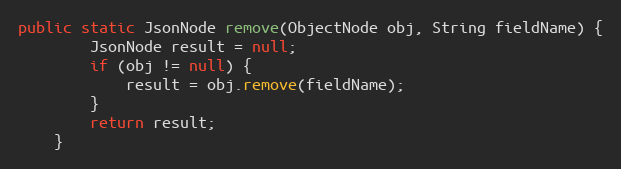
Language: Java
public static JsonNode remove(ObjectNode obj, String fieldName) {
		JsonNode result = null;
		if (obj != null) {
			result = obj.remove(fieldName);
		}
		return result;
	}